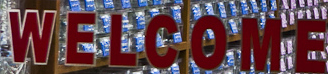
WELCOME